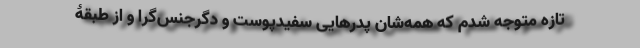
تازه متوجه شدم که همه‌شان پدرهایی سفیدپوست و دگرجنس‌گرا و از طبقۀ